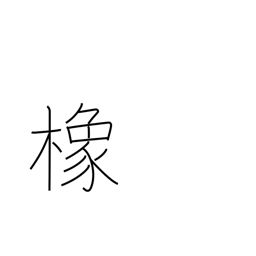
Meaning: horse chestnut